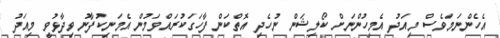
އެހެންނަމަވެސް މިއަދު އެމީހުންނަށް ކޯލިޝަން ނުހެދި އޮތްކަން ފާހަގަކުރައްވަމުން އެމަނިކުފާނު ވިދާޅުވީ މިއަދު